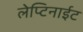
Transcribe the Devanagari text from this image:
लेप्टिनाईट